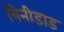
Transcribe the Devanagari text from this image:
त्रिनीडाड